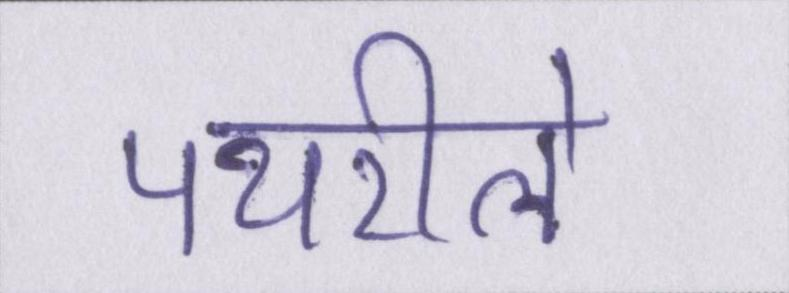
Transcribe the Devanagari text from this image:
पथरीले